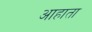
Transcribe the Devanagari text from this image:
आहाता